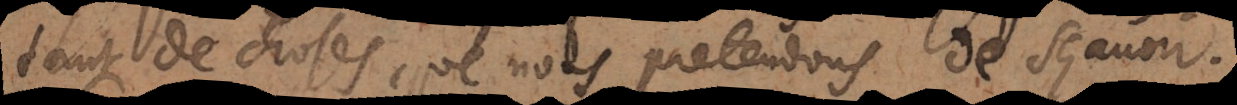
tant de choses que nous pretendons de sçavoir.